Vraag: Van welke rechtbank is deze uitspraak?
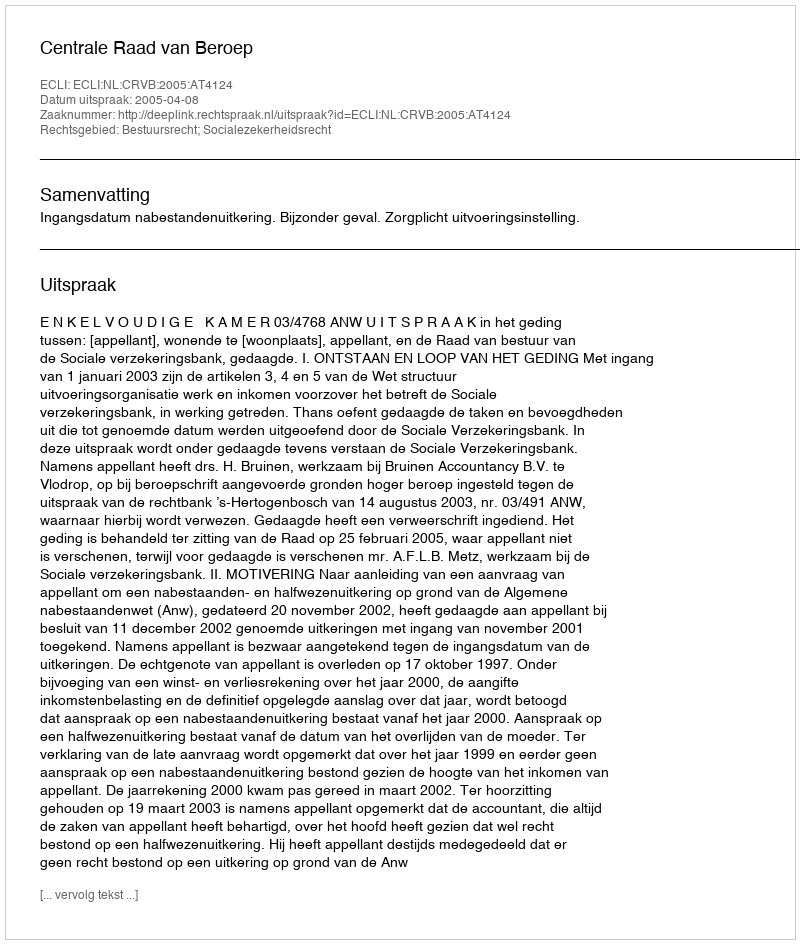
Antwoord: Centrale Raad van Beroep